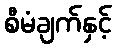
စီမံချက်နှင့်